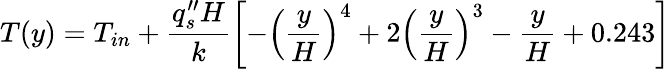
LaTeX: T(y)=T_{in}+\frac{q_{s}^{\prime\prime}H}{k}\left[-\left(\frac{y}{H}\right)^{4}+2\left(\frac{y}{H}\right)^{3}-\frac{y}{H}+0.243\right]